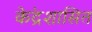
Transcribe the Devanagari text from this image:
के॓द्रशासित